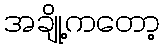
အချို့ကတော့